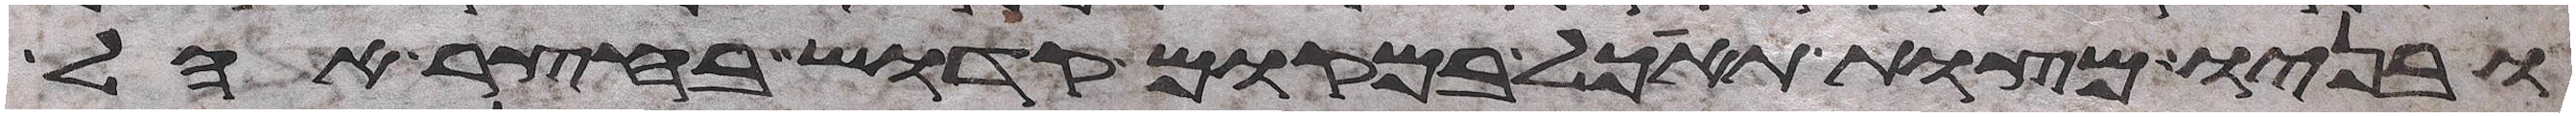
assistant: ובניו מצות תאכל במקום קדוש בחצר אהל